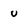
Character: u